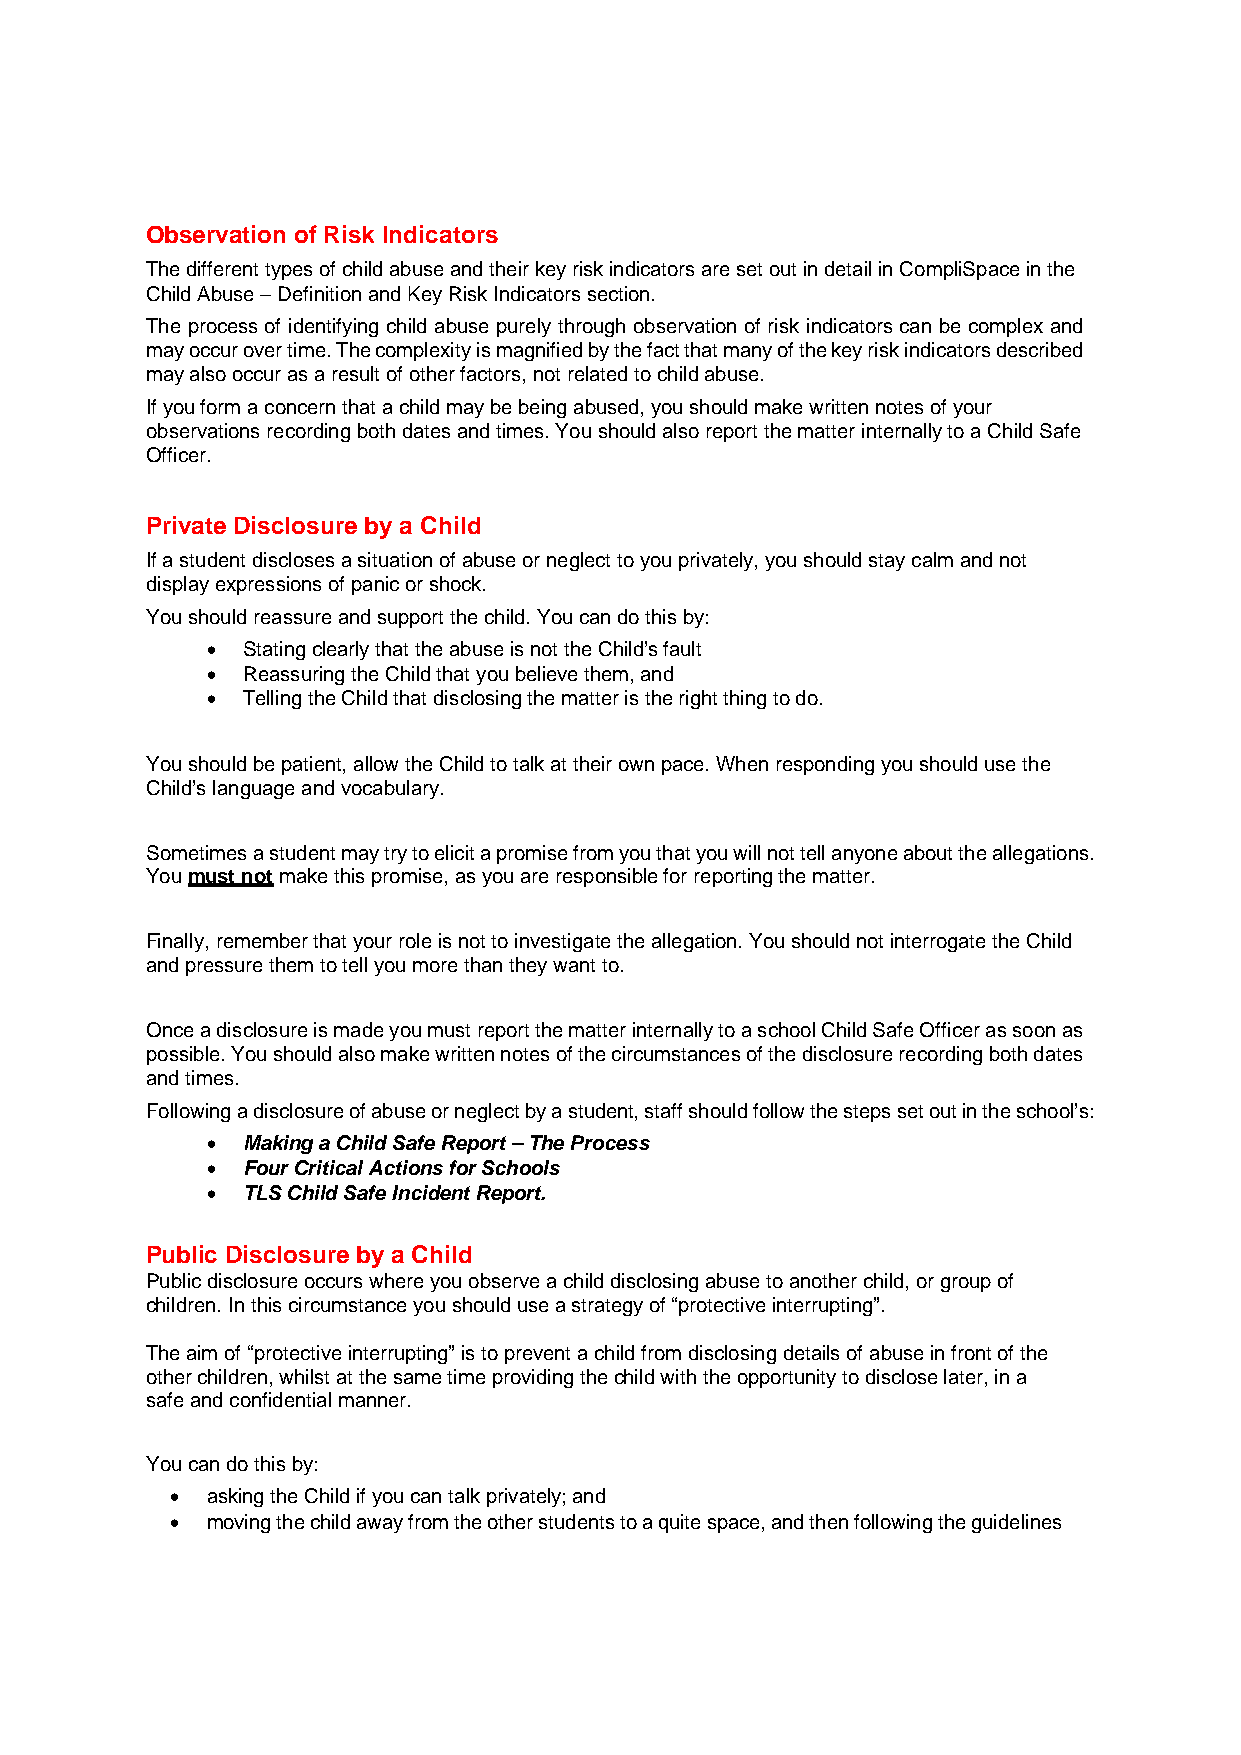
Observation of Risk Indicators
 The different types of child abuse and their key risk indicators are set out in detail in CompliSpace in the
 Child Abuse – Definition and Key Risk Indicators section.
 The process of identifying child abuse purely through observation of risk indicators can be complex and
 may occur over time. The complexity is magnified by the fact that many of the key risk indicators described
 may also occur as a result of other factors, not related to child abuse.
 If you form a concern that a child may be being abused, you should make written notes of your
 observations recording both dates and times. You should also report the matter internally to a Child Safe
 Officer.
 Private Disclosure by a Child
 If a student discloses a situation of abuse or neglect to you privately, you should stay calm and not
 display expressions of panic or shock.
 You should reassure and support the child. You can do this by:
  Stating clearly that the abuse is not the Child’s fault
  Reassuring the Child that you believe them, and
  Telling the Child that disclosing the matter is the right thing to do.
 You should be patient, allow the Child to talk at their own pace. When responding you should use the
 Child’s language and vocabulary.
 Sometimes a student may try to elicit a promise from you that you will not tell anyone about the allegations.
 You must not make this promise, as you are responsible for reporting the matter.
 Finally, remember that your role is not to investigate the allegation. You should not interrogate the Child
 and pressure them to tell you more than they want to.
 Once a disclosure is made you must report the matter internally to a school Child Safe Officer as soon as
 possible. You should also make written notes of the circumstances of the disclosure recording both dates
 and times.
 Following a disclosure of abuse or neglect by a student, staff should follow the steps set out in the school’s:
  Making a Child Safe Report – The Process
  Four Critical Actions for Schools
  TLS Child Safe Incident Report.
 Public Disclosure by a Child
 Public disclosure occurs where you observe a child disclosing abuse to another child, or group of
 children. In this circumstance you should use a strategy of “protective interrupting”.
 The aim of “protective interrupting” is to prevent a child from disclosing details of abuse in front of the
 other children, whilst at the same time providing the child with the opportunity to disclose later, in a
 safe and confidential manner.
 You can do this by:
   asking the Child if you can talk privately; and
   moving the child away from the other students to a quite space, and then following the guidelines